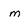
Character: m